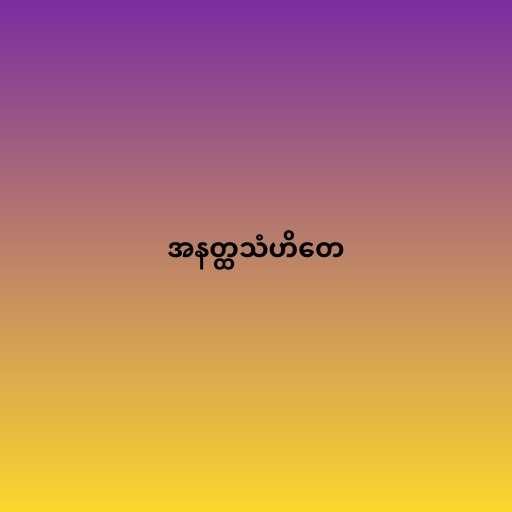
အနတ္ထသံဟိတေ